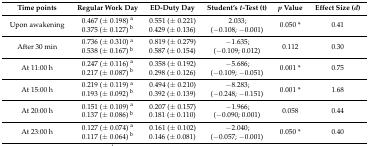
<table><thead><tr><td><b>Time points</b></td><td><b>Regular Work Day</b></td><td><b>ED-Duty Day</b></td><td><b>Student’s <i>t</i>-Test (t)</b></td><td><b><i>p</i> Value</b></td><td><b>Effect Size (<i>d</i>)</b></td></tr></thead><tbody><tr><td>Upon awakening</td><td>0.467 (± 0.198) <sup>a</sup>0.375 (± 0.127) <sup>b</sup></td><td>0.551 (± 0.221) 0.429 (± 0.136)</td><td>2.033; (−0.108; −0.001)</td><td>0.050 *</td><td>0.41</td></tr><tr><td>After 30 min</td><td>0.736 (± 0.310) <sup>a</sup>0.538 (± 0.167) <sup>b</sup></td><td>0.819 (± 0.279) 0.587 (± 0.154)</td><td>−1.635; (−0.109; 0.012)</td><td>0.112</td><td>0.30</td></tr><tr><td>At 11:00 h</td><td>0.247 (± 0.116) <sup>a</sup>0.217 (± 0.087) <sup>b</sup></td><td>0.358 (± 0.192) 0.298 (± 0.126)</td><td>−5.686; (−0.109; −0.051)</td><td>0.001 *</td><td>0.75</td></tr><tr><td>At 15:00 h</td><td>0.219 (± 0.119) <sup>a</sup>0.193 (± 0.092) <sup>b</sup></td><td>0.494 (± 0.210) 0.392 (± 0.139)</td><td>−8.283; (−0.248; −0.151)</td><td>0.001 *</td><td>1.68</td></tr><tr><td>At 20:00 h</td><td>0.151 (± 0.109) <sup>a</sup>0.137 (± 0.086) <sup>b</sup></td><td>0.207 (± 0.157) 0.181 (± 0.110)</td><td>−1.966; (−0.090; 0.001)</td><td>0.058</td><td>0.44</td></tr><tr><td>At 23:00 h</td><td>0.127 (± 0.074) <sup>a</sup>0.117 (± 0.064) <sup>b</sup></td><td>0.161 (± 0.102) 0.146 (± 0.081)</td><td>−2.040; (−0.057; −0.001)</td><td>0.050 *</td><td>0.40</td></tr></tbody></table>